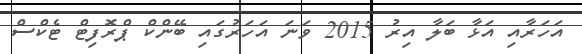
އަހަރާއި އަޅާ ބަލާ އިރު 2015 ވަނަ އަހަރުގައި ބޭންކް ޕްރޮފިޓް ޓެކްސް